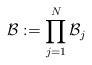
LaTeX: \begin{align*}\mathcal{B}:=\prod_{j=1}^{N}\mathcal{B}_{j}\end{align*}